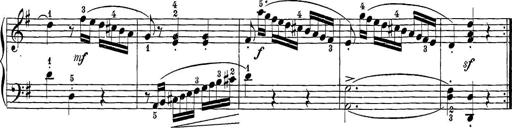
Title: 12 Sonatine per Pianoforte
Composer: Friedrich Kuhlau